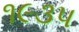
૧૯૩પ